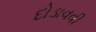
દોડાવવી